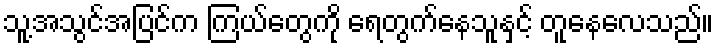
သူ့အသွင်အပြင်က ကြယ်တွေကို ရေတွက်နေသူနှင့် တူနေလေသည်။